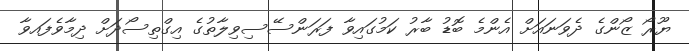
ޔޫރޯ ޒޯންގެ ދެވަނައަށް އެންމެ ބޮޑު ބާރު ކަމުގައިވާ ފަރަންސޭސިވިލާތުގެ އިގްތިސޯދަށް ދިމާވެފައވާ